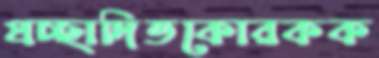
প্রচ্ছাদিতকোরকক